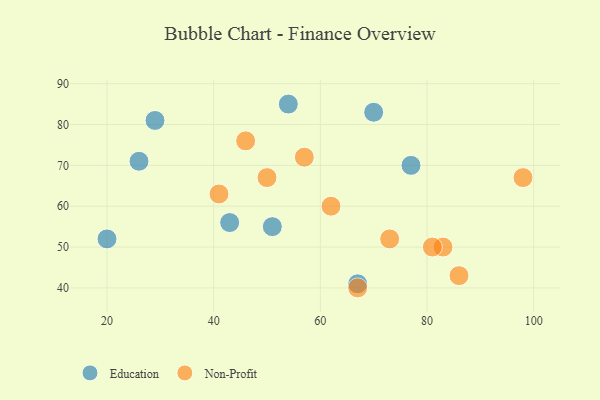
{"axis": {"x": "GDP", "y": "Life Expectancy"}, "legend": ["Education", "Non-Profit"], "data": [{"x": "54", "y": 85, "type": "Education"}, {"x": "43", "y": 56, "type": "Education"}, {"x": "26", "y": 71, "type": "Education"}, {"x": "20", "y": 52, "type": "Education"}, {"x": "29", "y": 81, "type": "Education"}, {"x": "51", "y": 55, "type": "Education"}, {"x": "77", "y": 70, "type": "Education"}, {"x": "70", "y": 83, "type": "Education"}, {"x": "67", "y": 41, "type": "Education"}, {"x": "67", "y": 40, "type": "Non-Profit"}, {"x": "62", "y": 60, "type": "Non-Profit"}, {"x": "73", "y": 52, "type": "Non-Profit"}, {"x": "57", "y": 72, "type": "Non-Profit"}, {"x": "86", "y": 43, "type": "Non-Profit"}, {"x": "46", "y": 76, "type": "Non-Profit"}, {"x": "41", "y": 63, "type": "Non-Profit"}, {"x": "83", "y": 50, "type": "Non-Profit"}, {"x": "98", "y": 67, "type": "Non-Profit"}, {"x": "81", "y": 50, "type": "Non-Profit"}, {"x": "50", "y": 67, "type": "Non-Profit"}]}